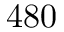
4 8 0